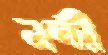
নন্দী